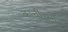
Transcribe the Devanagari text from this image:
कांचीपूरम